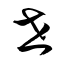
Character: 世